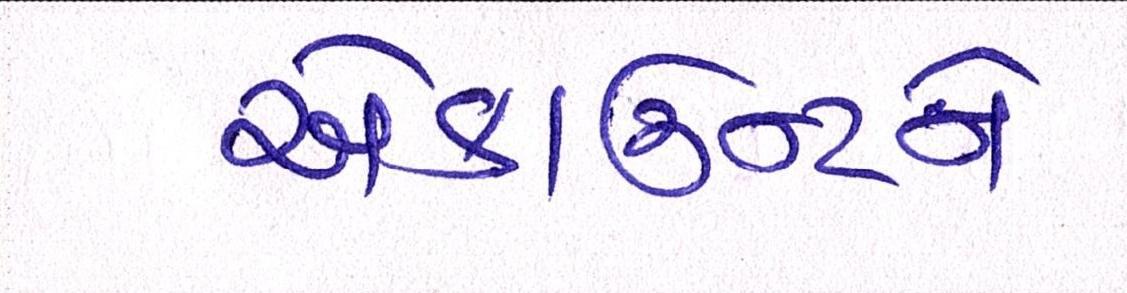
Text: એકાઉન્ટને